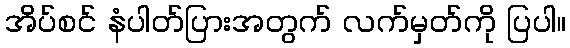
အိပ်စင် နံပါတ်ပြားအတွက် လက်မှတ်ကို ပြပါ။